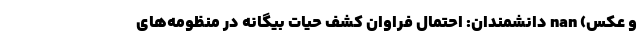
و عکس) nan دانشمندان: احتمال فراوان کشف حیات بیگانه در منظومه‌های